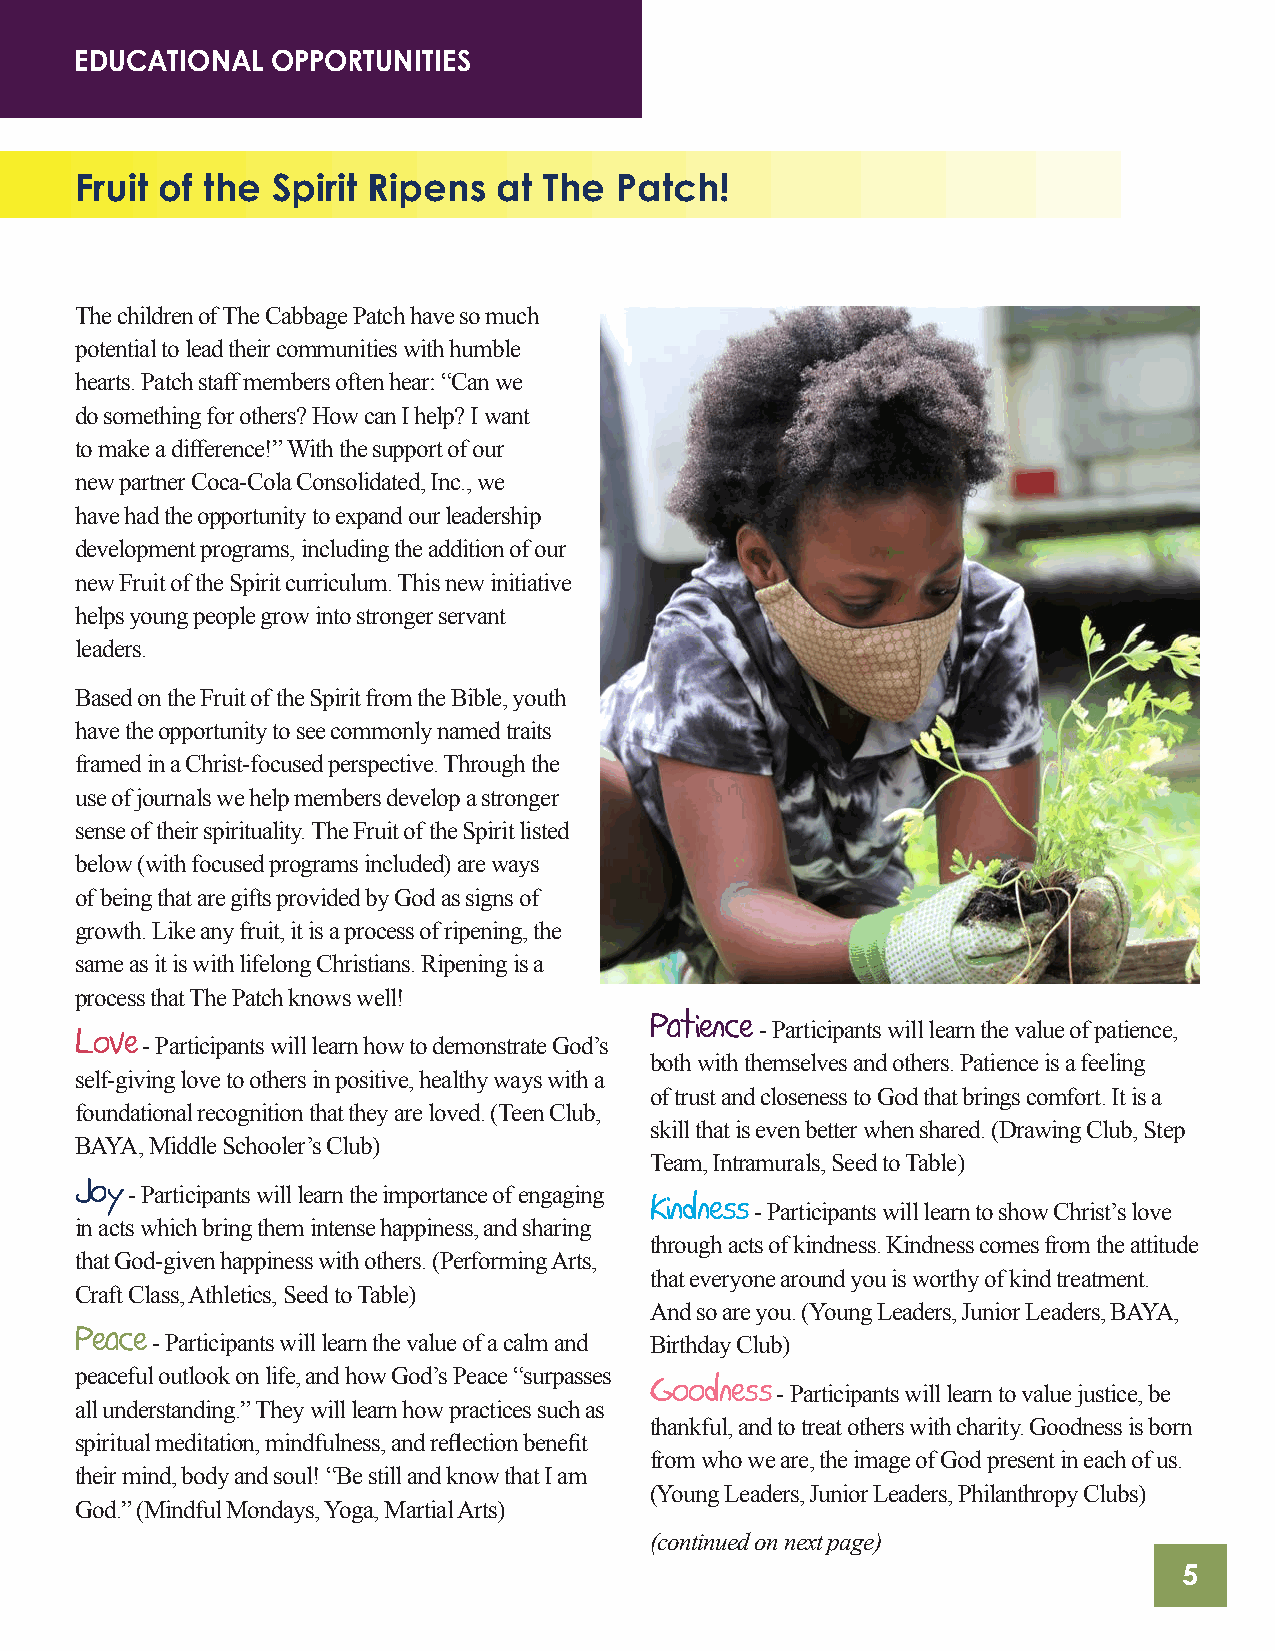
EDUCATIONAL  OPPORTUNITIES
 Fruit of the Spirit Ripens  at The  Patch!
 The children of The Cabbage Patch have so much
 potential to lead their communities with humble
 hearts. Patch staff members often hear: “Can we
 do something for others? How can I help? I want
 to make a difference!” With the support of our
 new partner Coca-Cola Consolidated, Inc., we
 have had the opportunity to expand our leadership
 development programs, including the addition of our
 new Fruit of the Spirit curriculum. This new initiative
 helps young people grow into stronger servant
 leaders.
 Based on the Fruit of the Spirit from the Bible, youth
 have the opportunity to see commonly named traits
 framed in a Christ-focused perspective. Through the
 use of journals we help members develop a stronger
 sense of their spirituality. The Fruit of the Spirit listed
 below (with focused programs included) are ways
 of being that are gifts provided by God as signs of
 growth. Like any fruit, it is a process of ripening, the
 same as it is with lifelong Christians. Ripening is a
 process that The Patch knows well!
 Patience - Participants will learn the value of patience,
 Love - Participants will learn how to demonstrate God’s
 both with themselves and others. Patience is a feeling
 self-giving love to others in positive, healthy ways with a
 of trust and closeness to God that brings comfort. It is a
 foundational recognition that they are loved. (Teen Club,
 skill that is even better when shared. (Drawing Club, Step
 BAYA, Middle Schooler’s Club)
 Team, Intramurals, Seed to Table)
 Joy - Participants will learn the importance of engaging
 Kindness - Participants will learn to show Christ’s love
 in acts which bring them intense happiness, and sharing
 through acts of kindness. Kindness comes from the attitude
 that God-given happiness with others. (Performing Arts,
 that everyone around you is worthy of kind treatment.
 Craft Class, Athletics, Seed to Table)
 And so are you. (Young Leaders, Junior Leaders, BAYA,
 Peace - Participants will learn the value of a calm and Birthday Club)
 peaceful outlook on life, and how God’s Peace “surpasses
 Goodness - Participants will learn to value justice, be
 all understanding.” They will learn how practices such as
 thankful, and to treat others with charity. Goodness is born
 spiritual meditation, mindfulness, and reflection benefit
 from who we are, the image of God present in each of us.
 their mind, body and soul! “Be still and know that I am
 (Young Leaders, Junior Leaders, Philanthropy Clubs)
 God.” (Mindful Mondays, Yoga, Martial Arts)
 (continued on next page)
 5